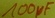
Text: 100µF